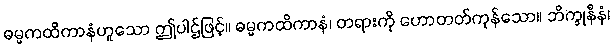
ဓမ္မကထိကာနံဟူသော ဤပါဌ်ဖြင့်။ ဓမ္မကထိကာနံ၊ တရားကို ဟောတတ်ကုန်သော။ ဘိက္ခုနီနံ၊